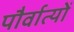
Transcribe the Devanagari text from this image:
पौर्वात्यों